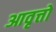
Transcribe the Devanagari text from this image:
आवृत्तो